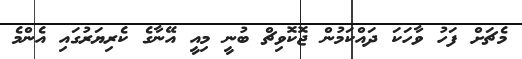
މެޗަށް ފަހު ވާހަކަ ދައްކަމުން ޖޮކޮވިޗް ބުނީ މިއީ އޭނާގެ ކެރިޔަރުގައި އެންމެ